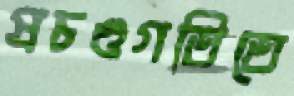
প্রচণ্ডগতিতে